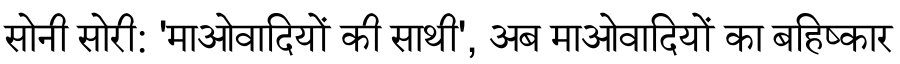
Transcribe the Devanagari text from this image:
सोनी सोरी: 'माओवादियों की साथी', अब माओवादियों का बहिष्कार